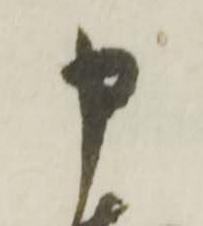
申